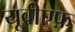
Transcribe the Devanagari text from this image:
यूवीएफ़